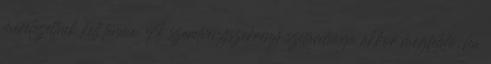
méretezettnek kell lennie. A szerelvényszekrény szilárdsága akkor megfelelõ, ha